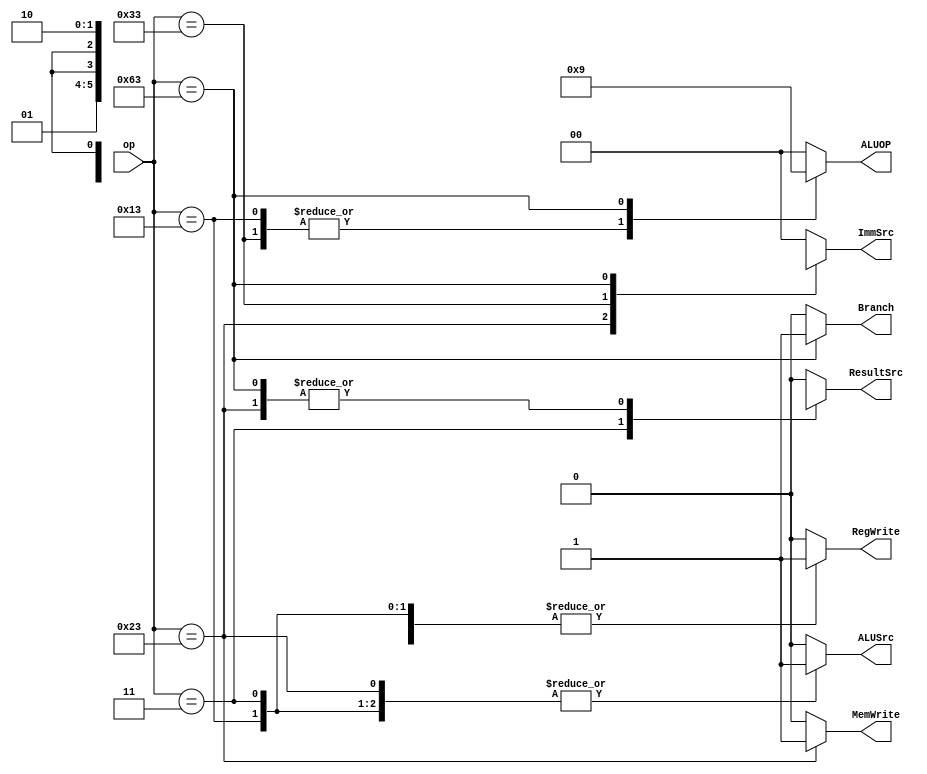
module MainDecoder(input [6:0]op,
output reg RegWrite,ALUSrc,MemWrite,ResultSrc,Branch,
output reg [1:0]ImmSrc,ALUOP);
always@(*)begin
case(op)
7'b000_0011:begin
	RegWrite=1'b1;
	ImmSrc=2'b00;
	ALUSrc=1'b1;
	MemWrite=1'b0;
	ResultSrc=1'b1;
	Branch=1'b0;
	ALUOP=2'b00;
	end
7'b010_0011:begin
	RegWrite=1'b0;
	ImmSrc=2'b01;
	ALUSrc=1'b1;
	MemWrite=1'b1;
	ResultSrc=1'bx;
	Branch=1'b0;
	ALUOP=2'b00;
	end
7'b011_0011:begin
	RegWrite=1'b1;
	ImmSrc=2'bxx;
	ALUSrc=1'b0;
	MemWrite=1'b0;
	ResultSrc=1'b0;
	Branch=1'b0;
	ALUOP=2'b10;
	end
7'b001_0011:begin
	RegWrite=1'b1;
	ImmSrc=2'b00;
	ALUSrc=1'b1;
	MemWrite=1'b0;
	ResultSrc=1'b0;
	Branch=1'b0;
	ALUOP=2'b10;
	end
7'b110_0011:begin
	RegWrite=1'b0;
	ImmSrc=2'b10;
	ALUSrc=1'b0;
	MemWrite=1'b0;
	ResultSrc=1'bx;
	Branch=1'b1;
	ALUOP=2'b01;
	end
default:begin
	RegWrite=1'b0;
	ImmSrc=2'b00;
	ALUSrc=1'b0;
	MemWrite=1'b0;
	ResultSrc=1'b0;
	Branch=1'b0;
	ALUOP=2'b00;
	end
endcase

end
endmodule